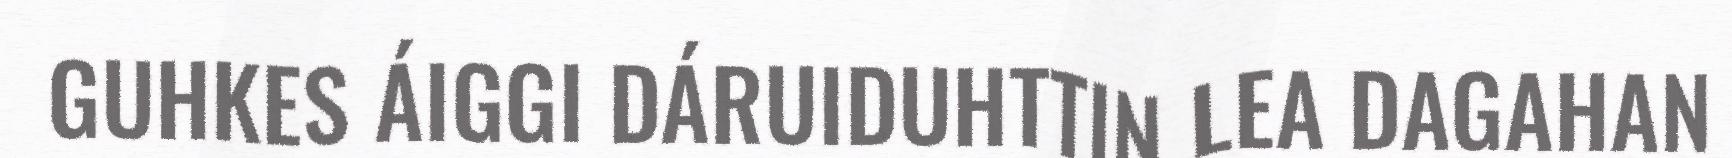
GUHKES ÁIGGI DÁRUIDUHTTIN LEA DAGAHAN